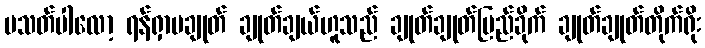
ပသတ်ပါလော့ ရန်ရှာမချုတ် ချုတ်ချယ်ဟူသည် ချုတ်ချုတ်မြည်ခိုက် ချုတ်ချုတ်တိုက်ရိုး